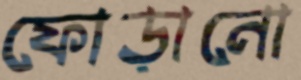
ফোড়ানো